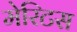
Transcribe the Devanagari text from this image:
मेरिटस